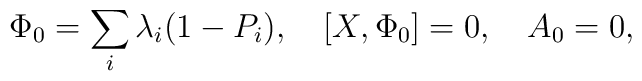
\Phi_0=\sum_{i}\lambda_i(1-P_i), \quad [X,\Phi_0]=0,\quad A_0=0,